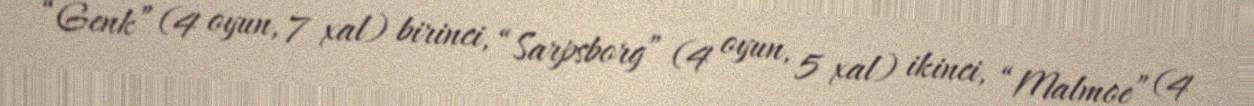
“Genk” (4 oyun, 7 xal) birinci, “Sarpsborg” (4 oyun, 5 xal) ikinci, “Malmoe” (4